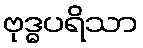
ဗုဒ္ဓပရိသာ